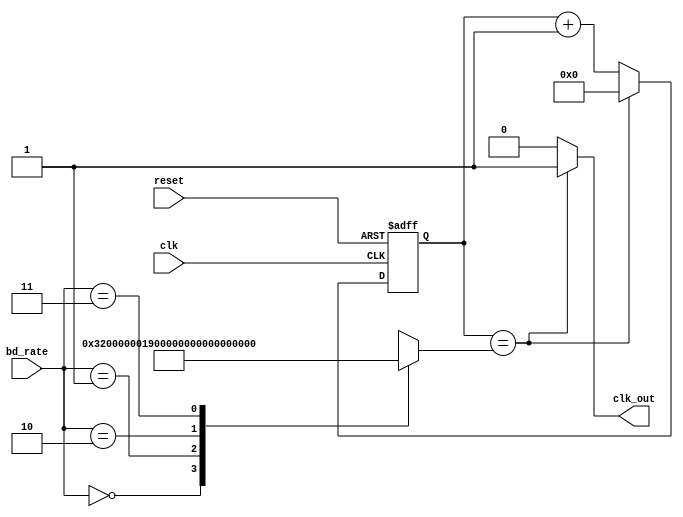
module baud_rate_generator(clk,reset,bd_rate,clk_out);
	
	input clk,reset;
	input [1:0] bd_rate;
	output wire clk_out;
	
	
	//parameter clk_in = 50*(10**6);
	parameter clk_in = 15360000; //for sim. purposes
	
	localparam bd1 = clk_in/(16*1200),
				  bd2 = clk_in/(16*2400),
				  bd3 = clk_in/(16*4800),
				  bd4 = clk_in/(16*9600);
	
	reg[11:0] r_reg;
	wire[11:0] r_next;
	
	integer sel;
	
	always @(posedge clk or posedge reset)
	begin
		if(reset)
			r_reg <= 0;
		else
			r_reg <= r_next;
	end
	
	always @(bd_rate)
	begin
		case(bd_rate)
			2'b00 : sel = bd1;
			2'b01 : sel = bd2;
			2'b10 : sel = bd3;
			2'b11 : sel = bd4;
			default : sel = bd1;
		endcase
	end
	
	assign r_next = (r_reg == sel) ? 0 : r_reg + 1;
	
	assign clk_out = (r_reg == sel) ? 1 : 0;
endmodule